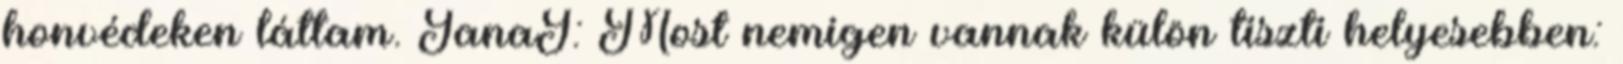
honvédeken láttam. JanaJ: Most nemigen vannak külön tiszti helyesebben: